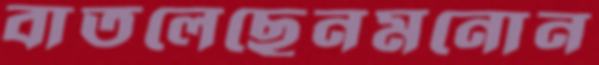
বাতলেছেনমনোন